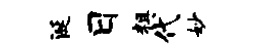
涎日粗代妙